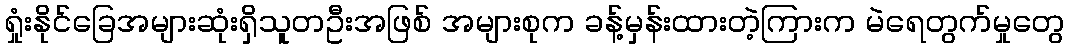
ရှုံးနိုင်ခြေအများဆုံးရှိသူတဦးအဖြစ် အများစုက ခန့်မှန်းထားတဲ့ကြားက မဲရေတွက်မှုတွေ